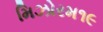
મિઝોરમ૧૯